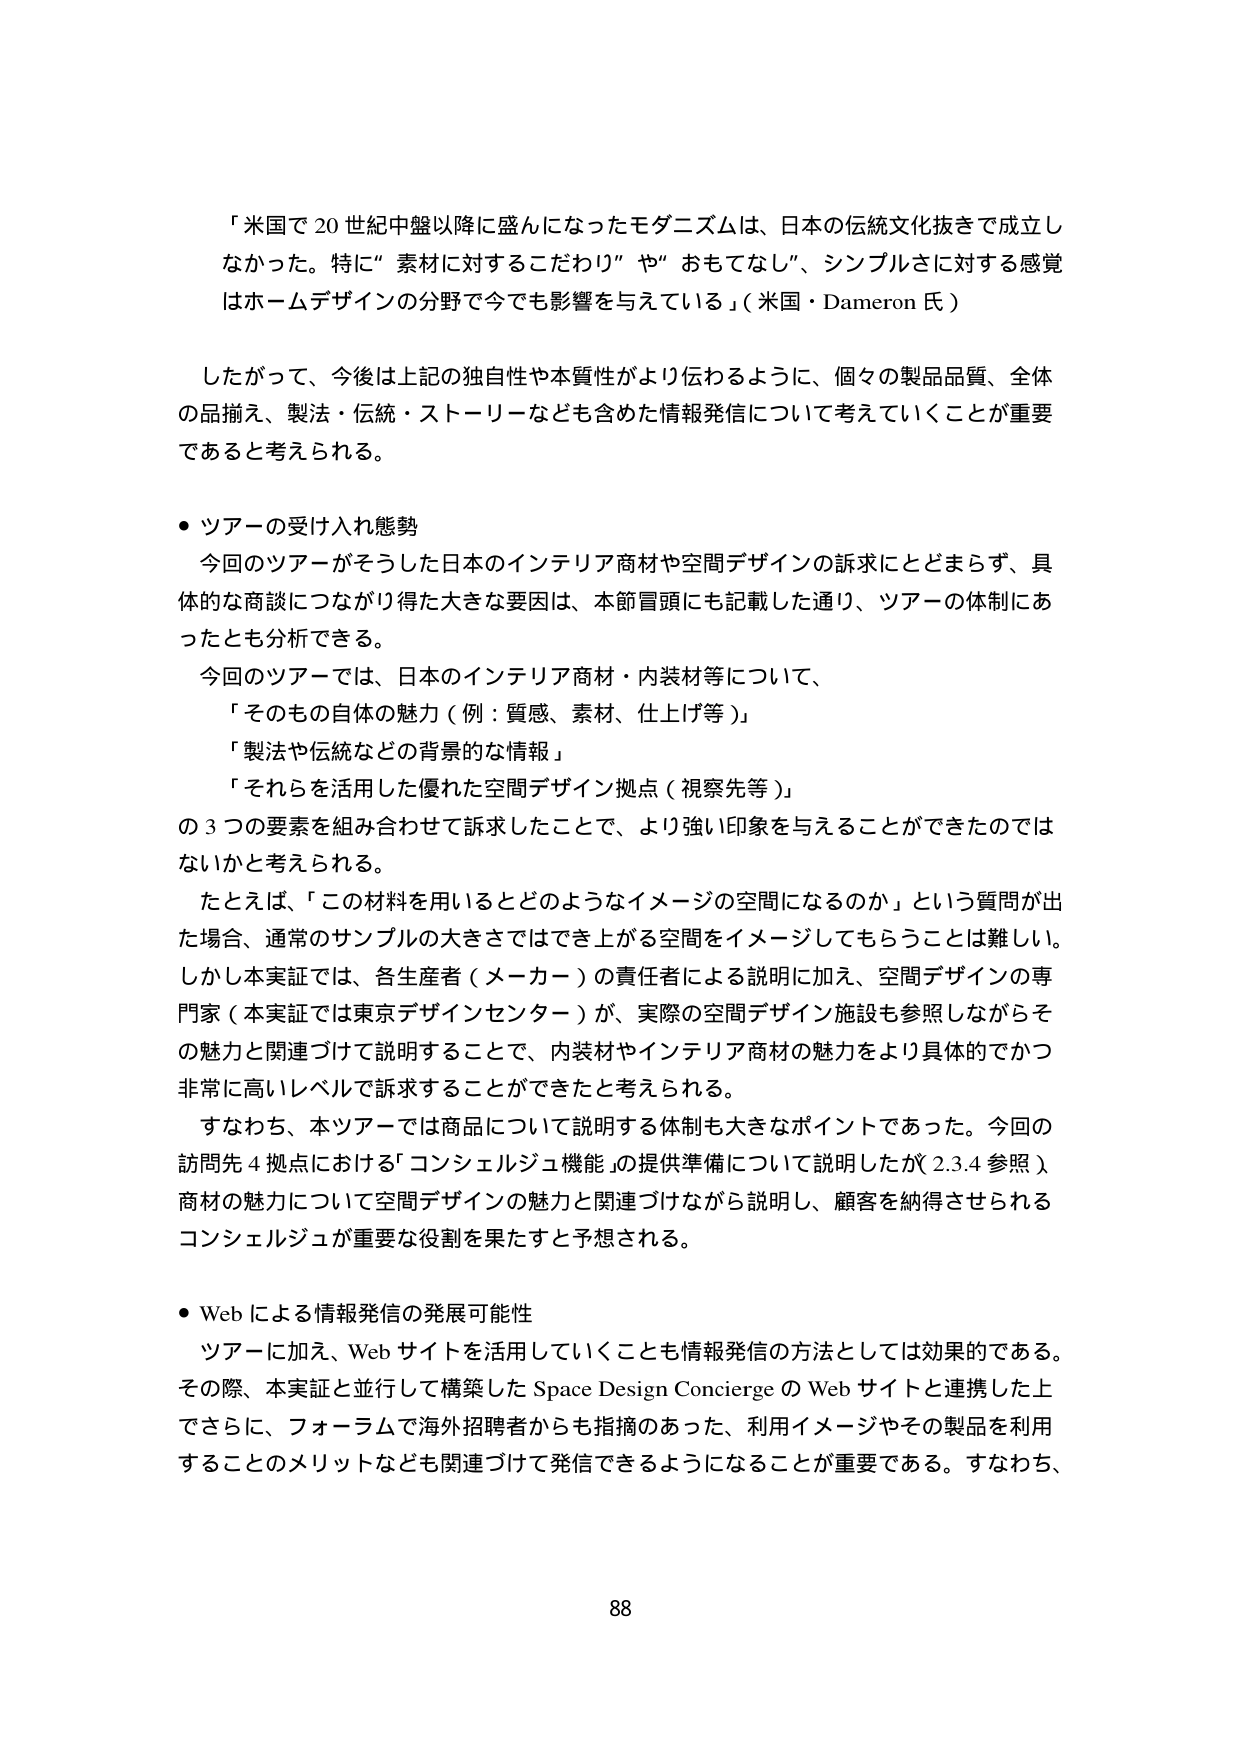
「米国で 20 世紀中盤以降に盛んになったモダニズムは、日本の伝統文化抜きで成立しなかった。特に“素材に対するこだわり”や“おもてなし”、シンプルさに対する感覚はホームデザインの分野で今でも影響を与えている」（米国・Dameron 氏）

したがって、今後は上記の独自性や本質性がより伝わるように、個々の製品品質、全体の品揃え、製法・伝統・ストーリーなども含めた情報発信について考えていくことが重要であると考えられる。

・ツアーの受け入れ態勢

今回のツアーがそうした日本のインテリア商材や空間デザインの訴求にとどまらず、具体的な商談につながり得た大きな要因は、本節冒頭にも記載した通り、ツアーの体制にあったとも分析できる。

今回のツアーでは、日本のインテリア商材・内装材等について、

「そのもの自体の魅力（例：質感、素材、仕上げ等）」

「製法や伝統などの背景的な情報」

「それらを活用した優れた空間デザイン拠点（視察先等）」

の 3 つの要素を組み合わせて訴求したことで、より強い印象を与えることができたのではないかと考えられる。

たとえば、「この材料を用いるとどのようなイメージの空間になるのか」という質問が出た場合、通常のサンプルの大きさではでき上がる空間をイメージしてもらうことは難しい。しかし本実証では、各生産者（メーカー）の責任者による説明に加え、空間デザインの専門家（本実証では東京デザインセンター）が、実際の空間デザイン施設も参照しながらその魅力と関連づけて説明することで、内装材やインテリア商材の魅力をより具体的でかつ非常に高いレベルで訴求することができたと考えられる。

すなわち、本ツアーでは商品について説明する体制も大きなポイントであった。今回の訪問先 4 拠点における「コンシェルジュ機能」の提供準備について説明したが（2.3.4 参照）、商材の魅力について空間デザインの魅力と関連づけながら説明し、顧客を納得させられるコンシェルジュが重要な役割を果たすと予想される。

・Web による情報発信の発展可能性

ツアーに加え、Web サイトを活用していくことも情報発信の方法としては効果的である。その際、本実証と並行して構築した Space Design Concierge の Web サイトと連携した上でさらに、フォーラムで海外招聘者からも指摘のあった、利用イメージやその製品を利用することのメリットなども関連づけて発信できるようになることが重要である。すなわち、

88